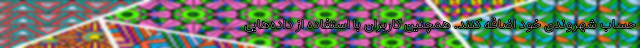
حساب شهروندی خود اضافه کنند. همچنین کاربران با استفاده از داده‌هایی